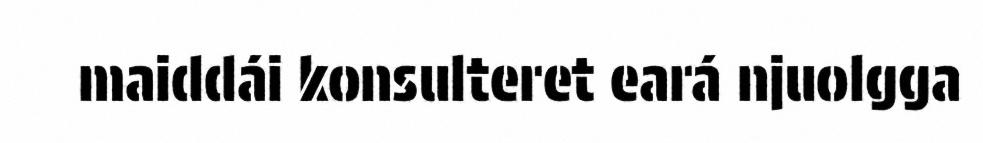
maiddái konsulteret eará njuolgga